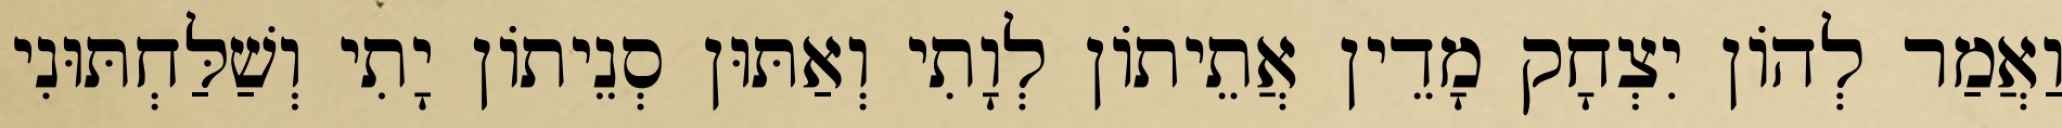
וַאֲמַר לְהוֹן יִצְחָק מָדֵין אֲתֵיתוֹן לְוָתִי וְאַתּוּן סְנֵיתוֹן יָתִי וְשַׁלַּחְתּוּנִי